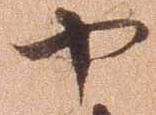
や